system: You are a helpful assistant.
user:
Analyze the provided spectrum to determine if it is a **"Cataclysmic Variables (CV)"**.

- **Key Indicators for CV (Check for either state):**
    - **State 1: Quiescent / Low-State (Emission-Dominated)**
        - **(Primary):** Strong and *very broad* Hydrogen Balmer emission lines (e.g., $H\alpha$ at 6563 Å, $H\beta$ at 4861 Å). The 'broadness' (high velocity dispersion, often FWHM > 1000 km/s) is the key diagnostic, indicating a high-velocity accretion disk.
        - **(Secondary):** Broad neutral Helium (He I) emission lines (e.g., 5876 Å, 6678 Å).
        - **(Key Confirmation):** Presence of high-excitation *ionized* Helium (He II) emission at 4686 Å. This is a strong indicator of accretion onto a white dwarf.
        - **(Line Profile):** Emission lines may exhibit a 'double-peaked' profile, which is a classic signature of a rotating accretion disk viewed at high inclination.

    - **State 2: Outburst / High-State (Absorption-Dominated)**
        - **(Primary):** Spectrum is dominated by a bright, blue continuum (looks like a hot star).
        - **(Secondary):** The emission lines from State 1 are weak, absent, or 'filled in', and are replaced by broad, shallow *absorption* lines (primarily Balmer and He I).
        - **(Morphology):** The overall spectrum mimics a hot B/A-type star. The crucial difference is that the absorption lines are significantly broader, shallower, and more 'washed-out' (or 'smeared') than the sharp lines of a normal stellar photosphere, due to high rotational speeds and pressure broadening in the disk.

Think first, call **spectral_visualization_tool** if needed to examine features in detail, then provide your final answer. Your response must adhere to the following strict rules:
1.  **Overall Structure:** Your response must follow the format `<think>...</think> <tool_call>...</tool_call> (if a tool is used) <answer>...</answer>`.
2.  **Tool Usage Constraint:** You may only make **one** tool call per turn.
3.  **Final Answer Format:** In the `<answer>` tag, your conclusion must be inside a `\boxed{}` command (e.g., `\boxed{YES}`), followed by your justification.

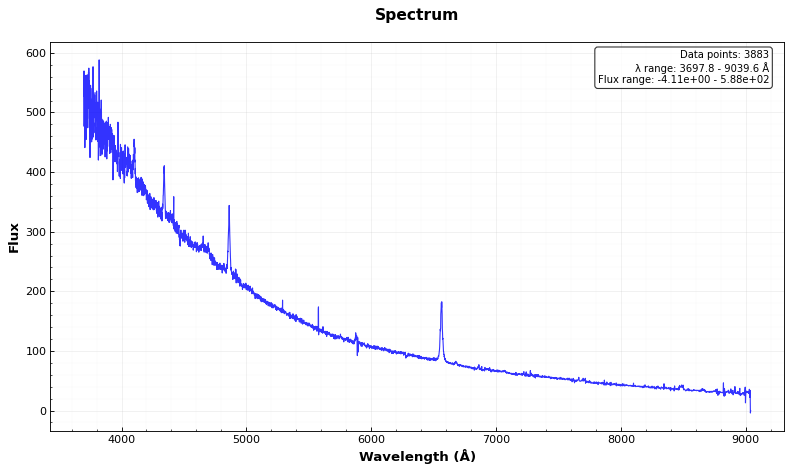
Answer: YES